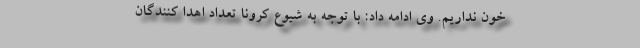
خون نداریم. وی ادامه داد: با توجه به شیوع کرونا تعداد اهدا کنندگان